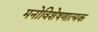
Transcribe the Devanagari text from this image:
मनोविशेषणात्मक